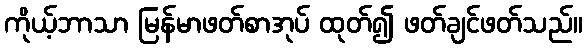
ကိုယ့်ဘာသာ မြန်မာဖတ်စာအုပ် ထုတ်၍ ဖတ်ချင်ဖတ်သည်။